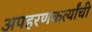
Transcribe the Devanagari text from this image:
अपहरणकर्त्यांची